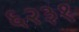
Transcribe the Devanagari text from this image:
६२३१